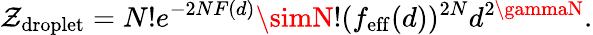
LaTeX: \mathcal{Z}_{\mathrm{{droplet}}}=N!e^{-2NF(d)}\simN!(f_{\mathrm{{eff}}}(d))^{2N}d^{2\gammaN}.